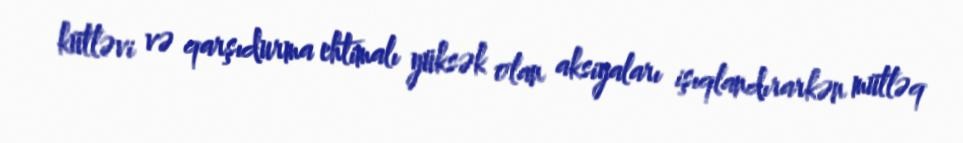
kütləvi və qarşıdurma ehtimalı yüksək olan aksiyaları işıqlandırarkən mütləq